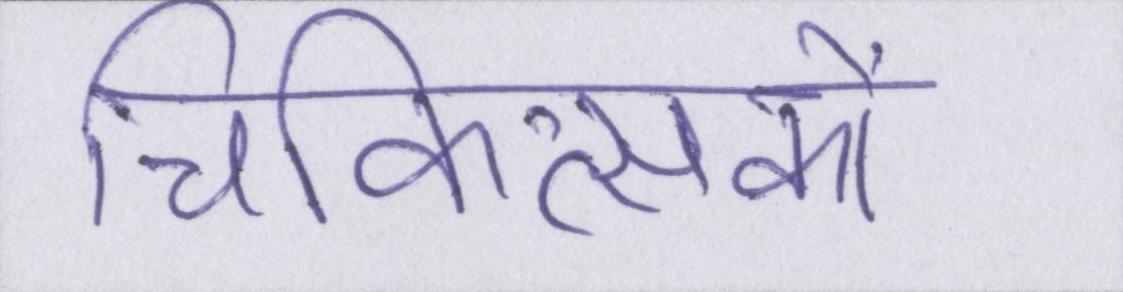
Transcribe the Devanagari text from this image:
चिकित्सकों